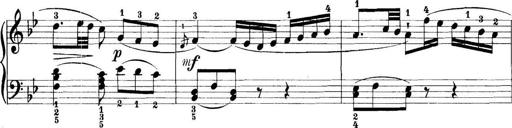
Title: 11 Sonatinas
Composer: Anton Diabelli